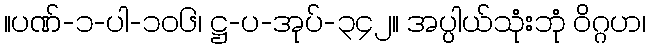
။ပဏ်-၁-ပါ-၁၀၆၊ ဋ္ဌ-ပ-အုပ်-၃၄၂။ အပ္ပါယ်သုံးဘုံ ဝိဂ္ဂဟ၊